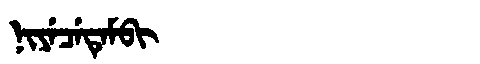
Manchu: ᠨᡳᠶᡝᠴᡝᡨᡝᠮᠪᡳ
Romanization: NIYECETEMBI